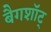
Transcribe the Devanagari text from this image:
बैगशॉट्